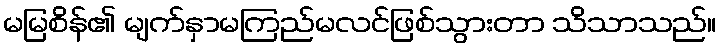
မမြစိန်၏ မျက်နှာမကြည်မလင်ဖြစ်သွားတာ သိသာသည်။